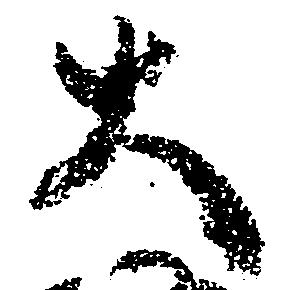
大